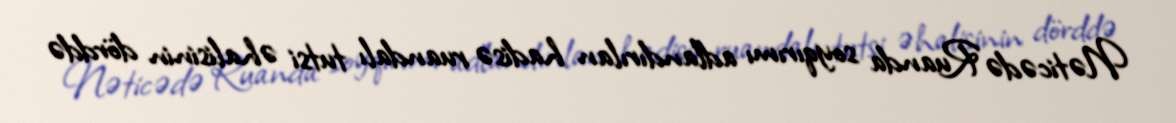
Nəticədə Ruanda soyqırımı adlandırılan hadisə ruandalı tutsi əhalisinin dörddə